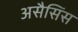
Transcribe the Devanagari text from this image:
असैसिंस